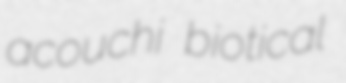
acouchi biotical